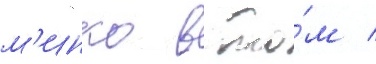
м'инко в то́м /